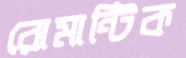
রোমান্টিক